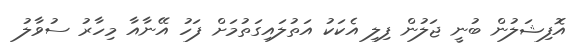
އޮފިޝަލުން ބުނީ ޖަލުން ފިލި އެކަކު އަތުލައިގަތުމަށް ފަހު އޭނާއާ މިހާރު ސުވާލު